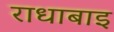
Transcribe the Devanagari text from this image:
राधाबाइ